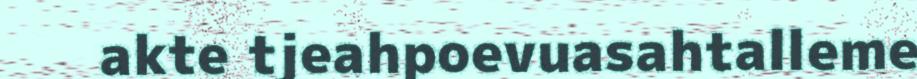
akte tjeahpoevuasahtalleme